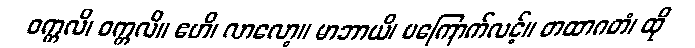
ဝက္ကလိ၊ ဝက္ကလိ။ ဧဟိ၊ လာလော့။ မာဘာယိ၊ မကြောက်လင့်။ တထာဂတံ၊ ထို